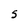
Character: S